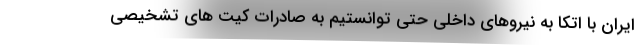
ایران با اتکا به نیروهای داخلی حتی توانستیم به صادرات کیت های تشخیصی